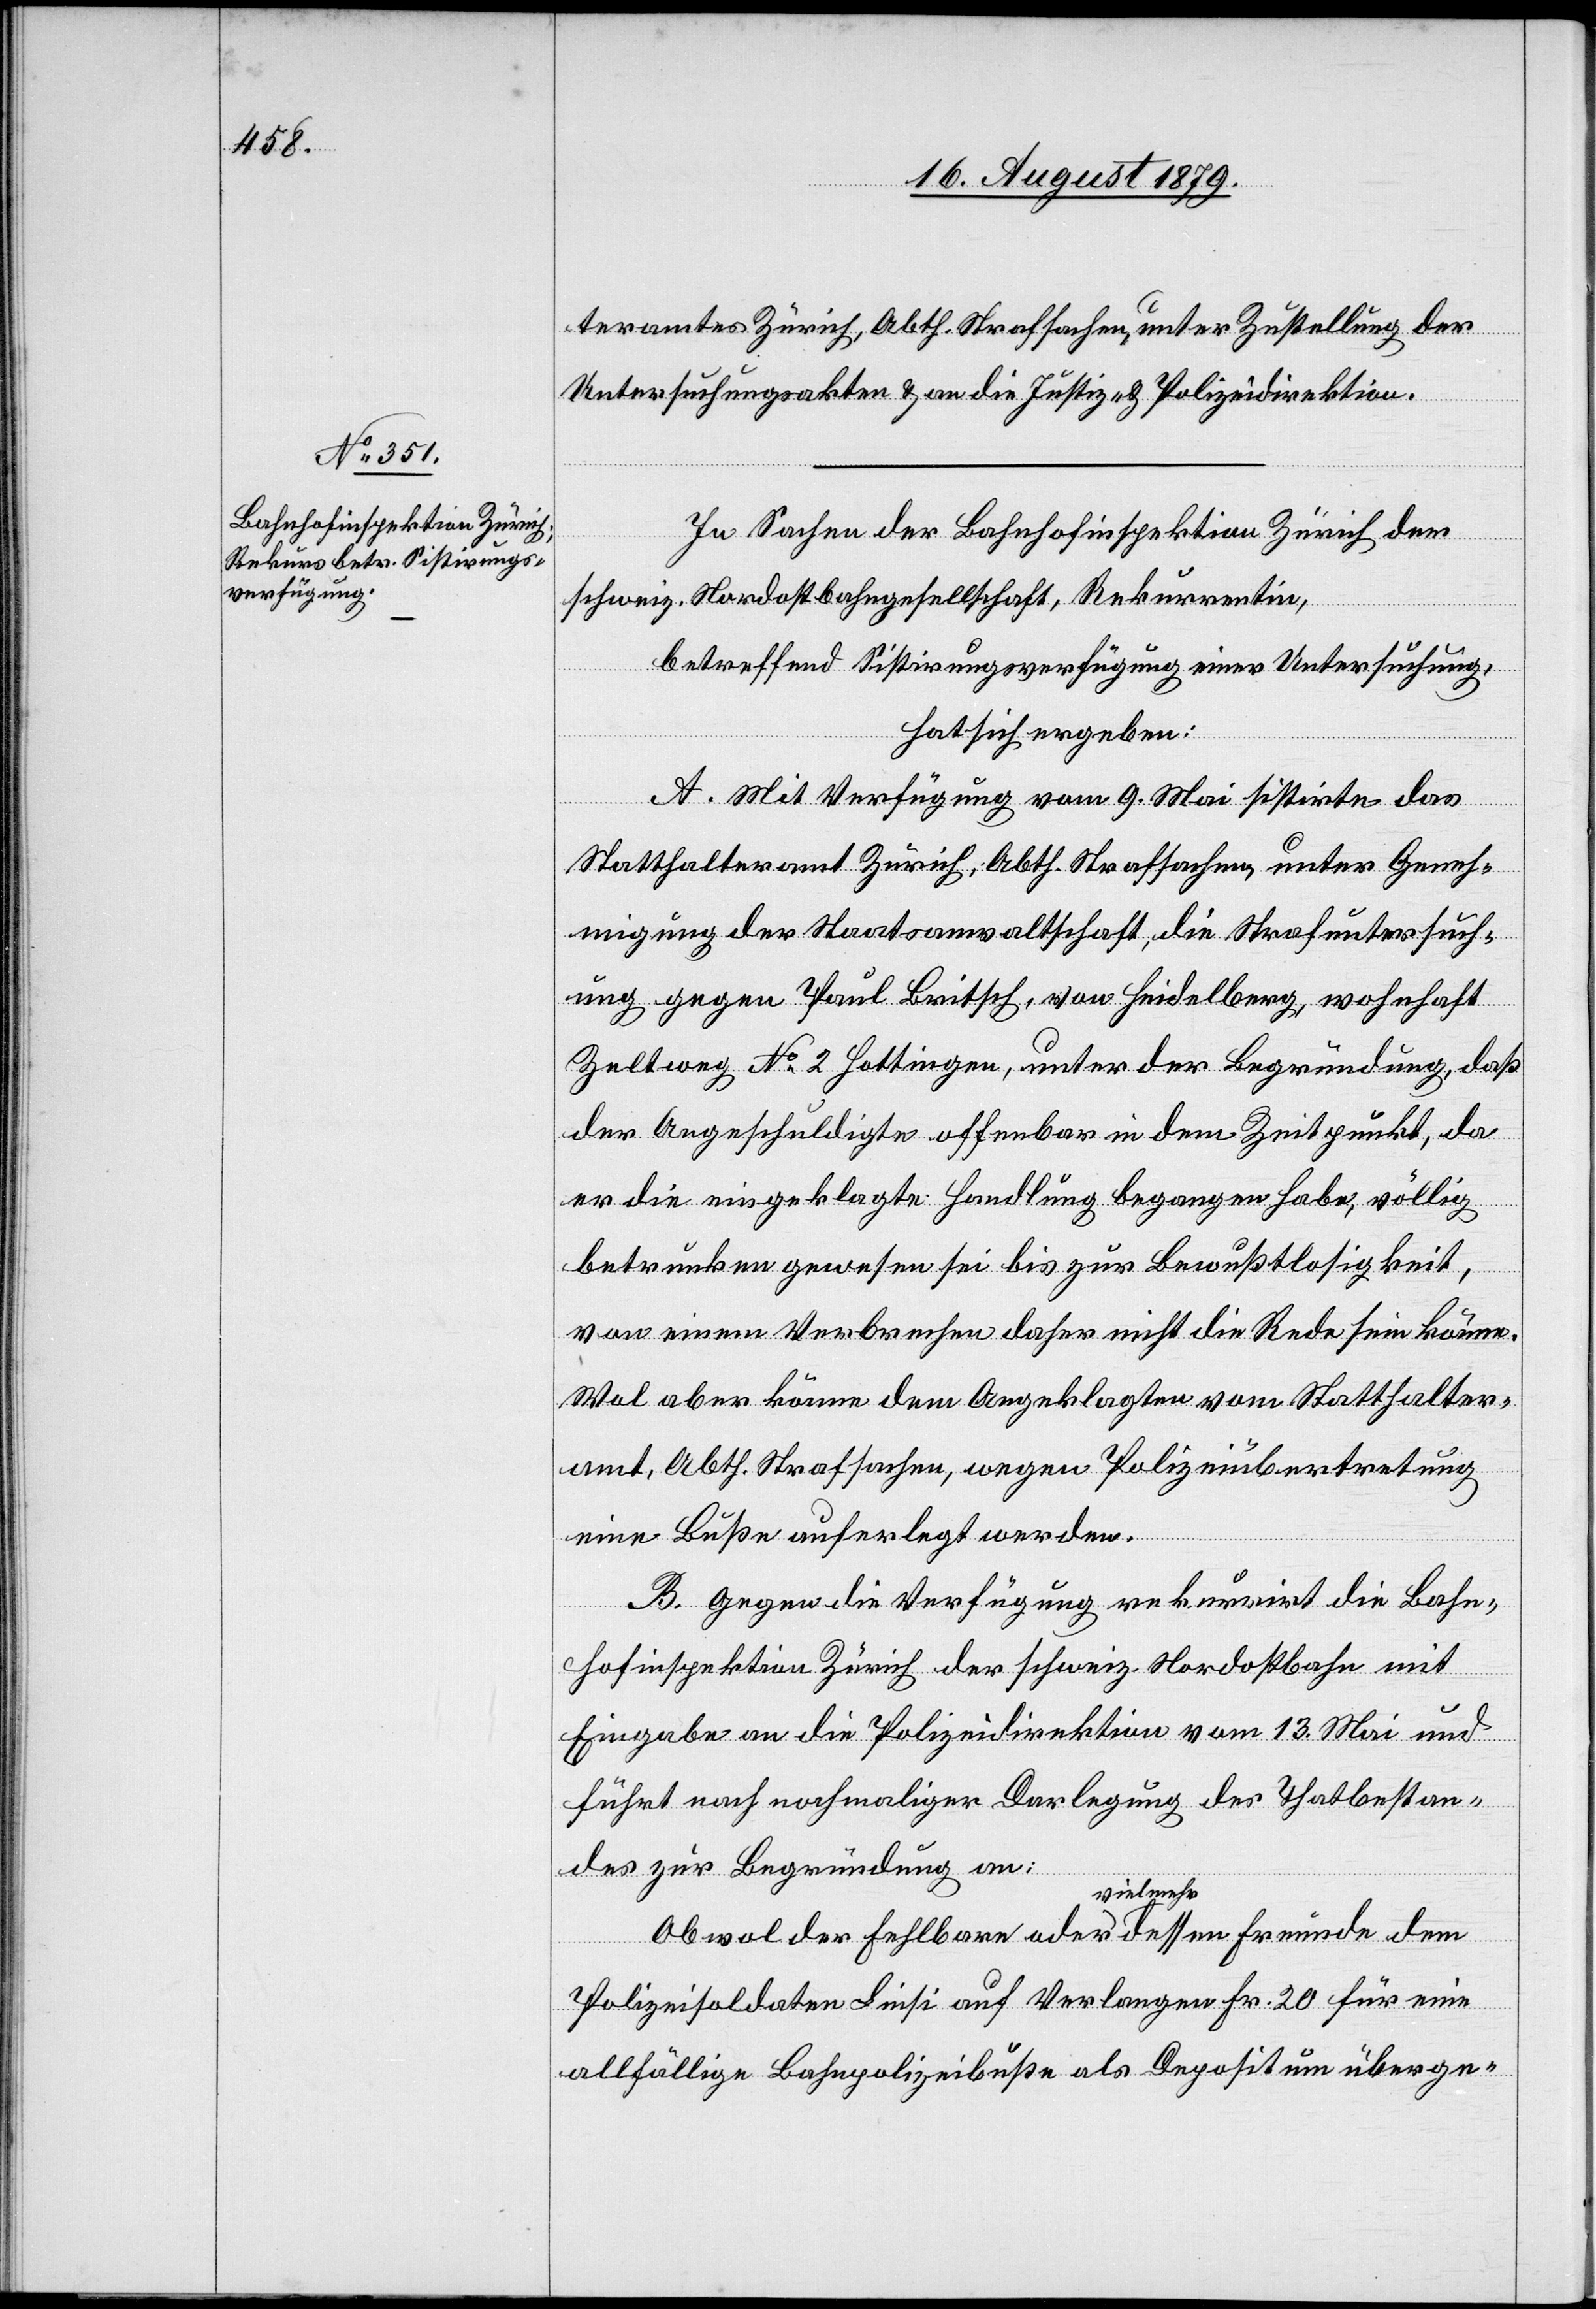
sen
teramts Zürich, Abth. Strafsachen, unter Zustellung der
Untersuchungsakten & an die Justiz- & Polizeidirektion.
Freunde
dem
In Sachen der Bahnhofinspektion Zürich der
schweiz. Nordostbahngesellschaft, Rekurrentin,
betreffend Sistirungsverfügung einer Untersuchung,
hat sich ergeben:
A. Mit Verfügung vom 9. Mai sistirte das
Statthalteramt Zürich, Abth. Strafsachen, unter Geneh¬
migung der Staatsanwaltschaft, die Strafuntersuch¬
ung gegen Paul Britsch, von Heidelberg, wohnhaft
Zeltweg No 2 Hottingen, unter der Begründung, daß
der Angeschuldigte offenbar in dem Zeitpunkt, da
er die eingeklagte Handlung begangen habe, völlig
betrunken gewesen sei bis zur Bewusstlosigkeit,
von einem Verbrechen daher nicht die Rede sein könne.
Wol aber könne dem Angeklagten vom Statthalter¬
amt, Abth. Strafsachen, wegen Polizeiübertretung
eine Buße auferlegt werden.
B. Gegen die Verfügung rekurrirt die Bahn¬
hofinspektion Zürich der schweiz. Nordostbahn mit
Eingabe an die Polizeidirektion vom 13. Mai und
führt nach nochmaliger Darlegung des Thatbestan¬
des zur Begründung an:
vielmehr
Polizeisoldaten Liesi auf Verlangen Fr. 20 für eine
allfällige Bahnpolizeibuße als Depositum überge-